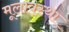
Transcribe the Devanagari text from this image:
मूलावस्था